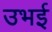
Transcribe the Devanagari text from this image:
उभई